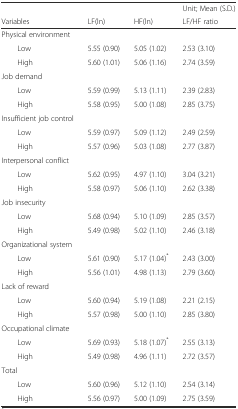
|  |  |  | Unit; Mean (S.D.) |
 | Variables | LF(ln) | HF(ln) | LF/HF ratio |
 | --- | --- | --- | --- |
 | Physical environment |  |  |  |
 | Low | 5.55 (0.90) | 5.05 (1.02) | 2.53 (3.10) |
 | High | 5.60 (1.01) | 5.06 (1.16) | 2.74 (3.59) |
 | Job demand |  |  |  |
 | Low | 5.59 (0.99) | 5.13 (1.11) | 2.39 (2.83) |
 | High | 5.58 (0.95) | 5.00 (1.08) | 2.85 (3.75) |
 | Insufficient job control |  |  |  |
 | Low | 5.59 (0.97) | 5.09 (1.12) | 2.49 (2.59) |
 | High | 5.57 (0.96) | 5.03 (1.08) | 2.77 (3.87) |
 | Interpersonal conflict |  |  |  |
 | Low | 5.62 (0.95) | 4.97 (1.10) | 3.04 (3.21) |
 | High | 5.58 (0.97) | 5.06 (1.10) | 2.62 (3.38) |
 | Job insecurity |  |  |  |
 | Low | 5.68 (0.94) | 5.10 (1.09) | 2.85 (3.57) |
 | High | 5.49 (0.98) | 5.02 (1.10) | 2.46 (3.18) |
 | Organizational system |  |  |  |
 | Low | 5.61 (0.90) | 5.17 (1.04)* | 2.43 (3.00) |
 | High | 5.56 (1.01) | 4.98 (1.13) | 2.79 (3.60) |
 | Lack of reward |  |  |  |
 | Low | 5.60 (0.94) | 5.19 (1.08) | 2.21 (2.15) |
 | High | 5.57 (0.98) | 5.00 (1.10) | 2.85 (3.80) |
 | Occupational climate |  |  |  |
 | Low | 5.69 (0.93) | 5.18 (1.07)* | 2.55 (3.13) |
 | High | 5.49 (0.98) | 4.96 (1.11) | 2.72 (3.57) |
 | Total |  |  |  |
 | Low | 5.60 (0.96) | 5.12 (1.10) | 2.54 (3.14) |
 | High | 5.56 (0.97) | 5.00 (1.09) | 2.75 (3.59) |